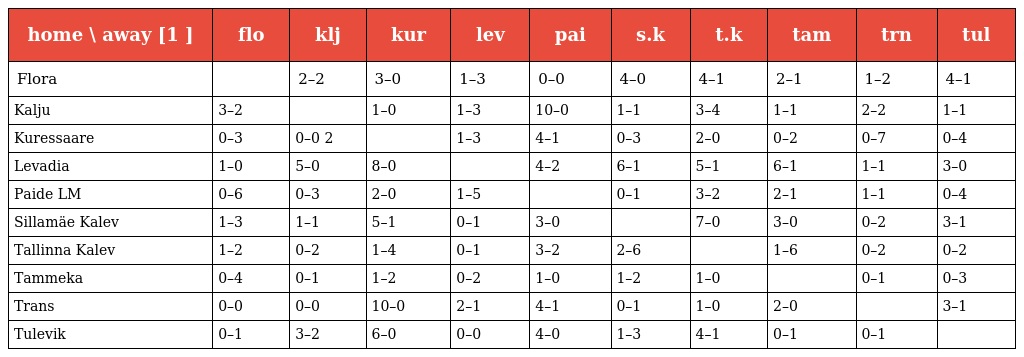
| home \ away [1 ] | flo | klj | kur | lev | pai | s.k | t.k | tam | trn | tul |
 | --- | --- | --- | --- | --- | --- | --- | --- | --- | --- | --- |
 | Flora |  | 2–2 | 3–0 | 1–3 | 0–0 | 4–0 | 4–1 | 2–1 | 1–2 | 4–1 |
 | Kalju | 3–2 |  | 1–0 | 1–3 | 10–0 | 1–1 | 3–4 | 1–1 | 2–2 | 1–1 |
 | Kuressaare | 0–3 | 0–0 2 |  | 1–3 | 4–1 | 0–3 | 2–0 | 0–2 | 0–7 | 0–4 |
 | Levadia | 1–0 | 5–0 | 8–0 |  | 4–2 | 6–1 | 5–1 | 6–1 | 1–1 | 3–0 |
 | Paide LM | 0–6 | 0–3 | 2–0 | 1–5 |  | 0–1 | 3–2 | 2–1 | 1–1 | 0–4 |
 | Sillamäe Kalev | 1–3 | 1–1 | 5–1 | 0–1 | 3–0 |  | 7–0 | 3–0 | 0–2 | 3–1 |
 | Tallinna Kalev | 1–2 | 0–2 | 1–4 | 0–1 | 3–2 | 2–6 |  | 1–6 | 0–2 | 0–2 |
 | Tammeka | 0–4 | 0–1 | 1–2 | 0–2 | 1–0 | 1–2 | 1–0 |  | 0–1 | 0–3 |
 | Trans | 0–0 | 0–0 | 10–0 | 2–1 | 4–1 | 0–1 | 1–0 | 2–0 |  | 3–1 |
 | Tulevik | 0–1 | 3–2 | 6–0 | 0–0 | 4–0 | 1–3 | 4–1 | 0–1 | 0–1 |  |